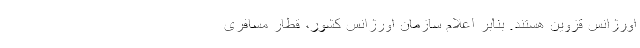
اورژانس قزوین هستند. بنابر اعلام سازمان اورژانس کشور، قطار مسافری